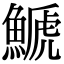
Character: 𩺛